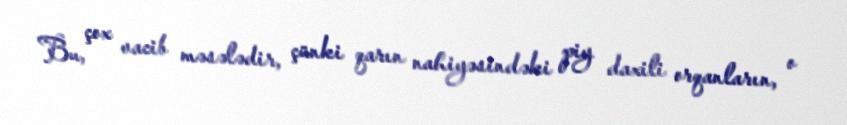
Bu, çox vacib məsələdir, çünki qarın nahiyəsindəki piy daxili orqanların, o